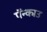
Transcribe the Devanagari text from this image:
पॅन्काउ